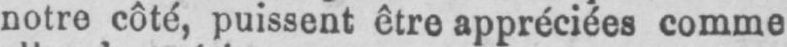
notre côté, puissent être appréciées comme